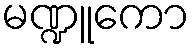
မဏ္ဍူကော